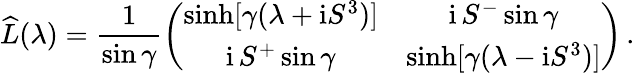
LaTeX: \widehat{L}(\lambda)=\frac{1}{\sin\gamma}\left(\begin{array}{cc}{{\sinh[\gamma(\lambda+\mathrm{i}S^{3})]}}&{{\mathrm{i}\, S^{-}\sin\gamma}}\\ {{\mathrm{i}\, S^{+}\sin\gamma}}&{{\sinh[\gamma(\lambda-\mathrm{i}S^{3})]}}\end{array}\right)\, .